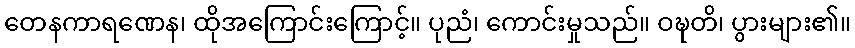
တေနကာရဏေန၊ ထိုအကြောင်းကြောင့်။ ပုညံ၊ ကောင်းမှုသည်။ ဝဍ္ဎတိ၊ ပွားများ၏။